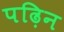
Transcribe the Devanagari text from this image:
पढ़िन